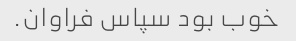
خوب بود سپاس فراوان.